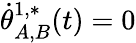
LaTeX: \dot{\theta}_{A,B}^{1,*}(t)=0